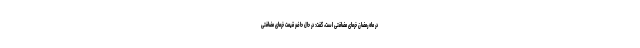
در ماه رمضان خرمای مضافتی است، گفت: در حال حاضر قیمت خرمای مضافتی